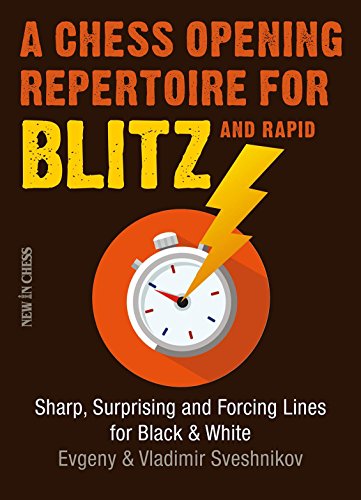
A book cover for A Chess Opening Repertoire for Blitz & Rapid: Sharp, Surprising and Forcing Lines for Black and White; Evgeny Sveshnikov; Humor & Entertainment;